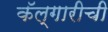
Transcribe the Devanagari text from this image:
कॅल्गारीची